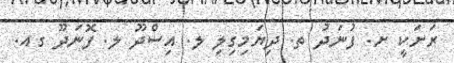
ރަށަކީ ށ. ފުނަދު ތ. ދިޔަމިގިލި ލ. އިސްދޫ ލ. ފޮނަދޫ ގއ.